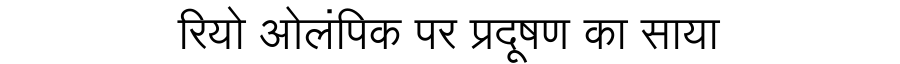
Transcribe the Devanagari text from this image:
रियो ओलंपिक पर प्रदूषण का साया